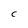
Character: C